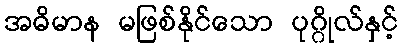
အဓိမာန မဖြစ်နိုင်သော ပုဂ္ဂိုလ်နှင့်